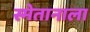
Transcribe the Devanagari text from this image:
स्मेतानाला